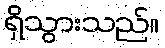
ရှိသွားသည်။